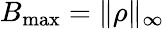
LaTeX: B_{\mathrm{max}}=\| \rho\| _{\infty}